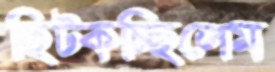
ছিট্‌কচ্ছিলেম